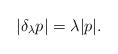
LaTeX: \begin{align*}|\delta_\lambda p| = \lambda |p|.\end{align*}